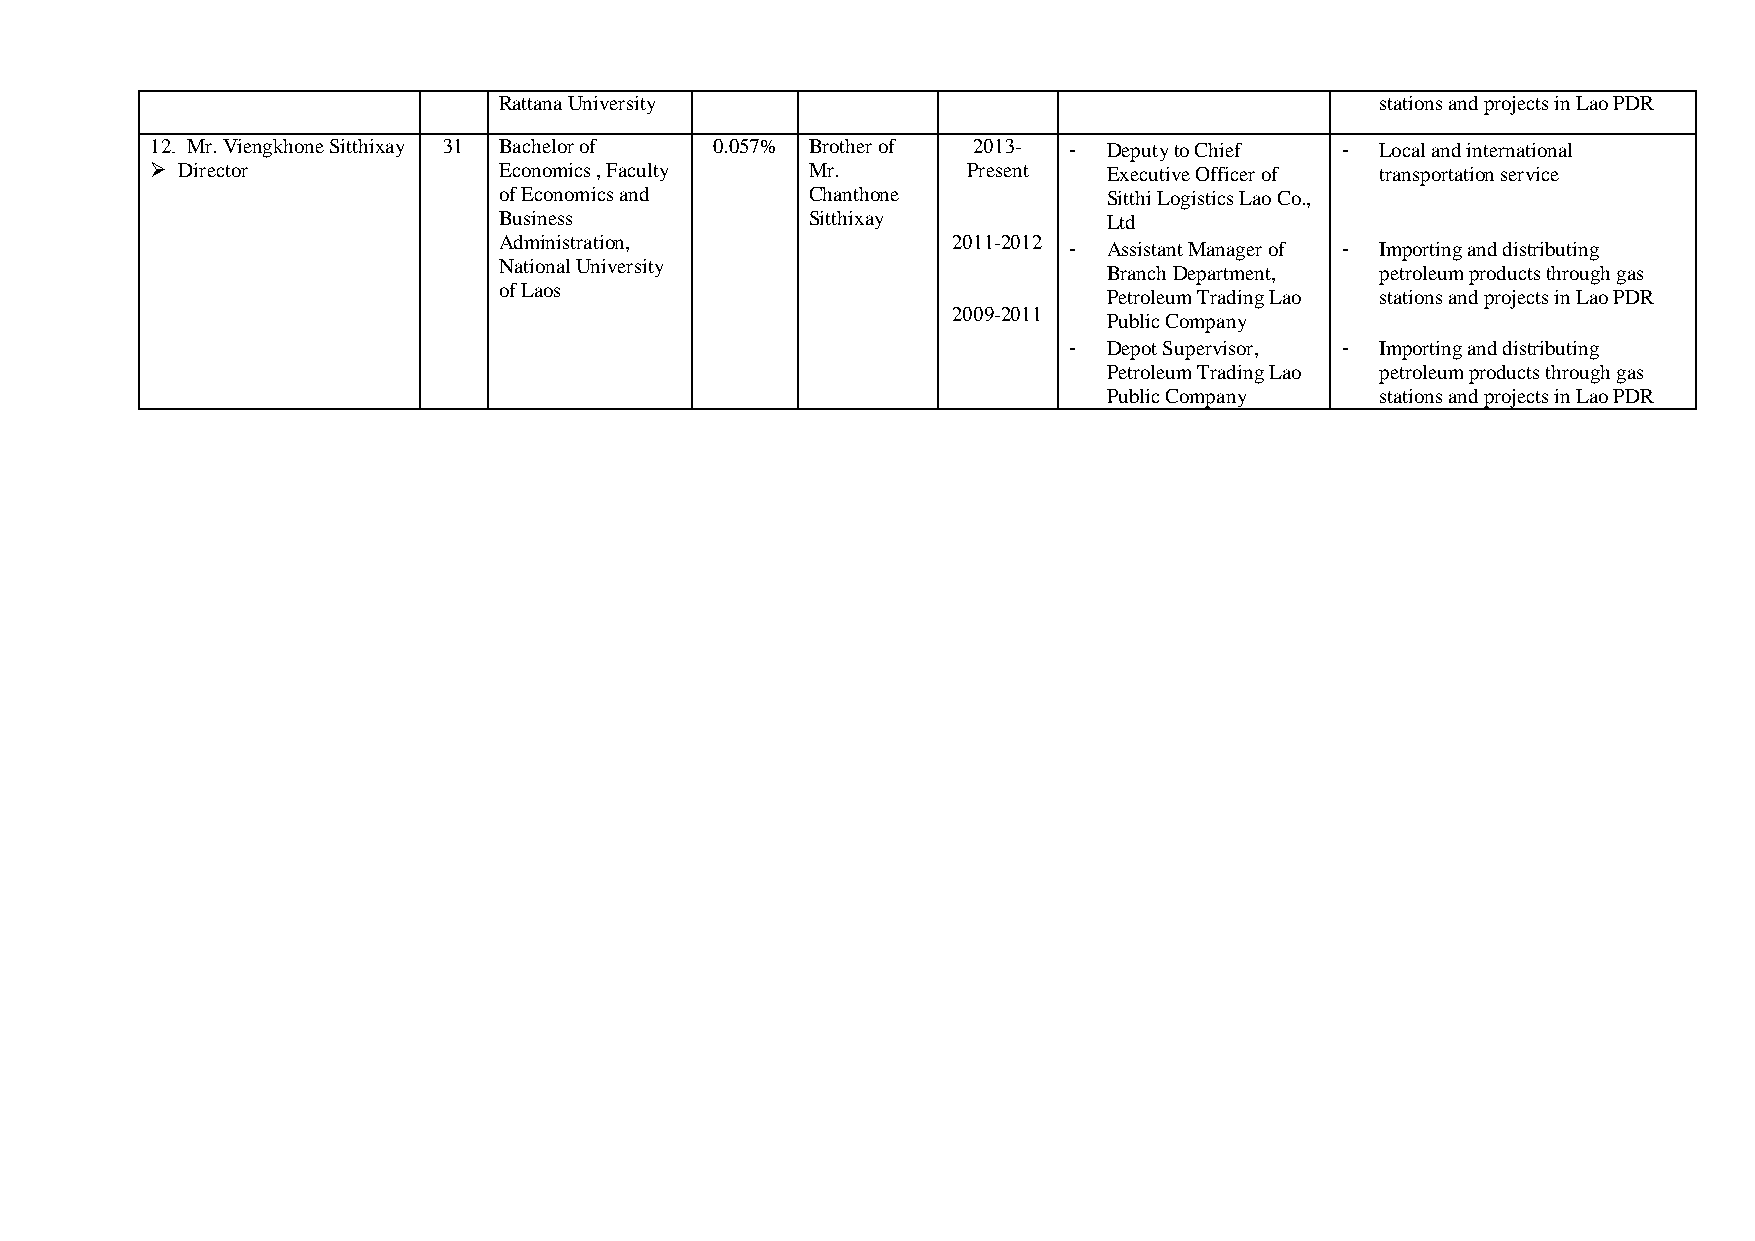
Rattana University                                        stations and projects in Lao PDR
 12. Mr. Viengkhone Sitthixay 31 Bachelor of 0.057% Brother of 2013- - Deputy to Chief - Local and international
  Director             Economics , Faculty  Mr.       Present  Executive Officer of transportation service
 of Economics and     Chanthone          Sitthi Logistics Lao Co.,
 Business             Sitthixay          Ltd
 Administration,               2011-2012
 - Assistant Manager of - Importing and distributing
 National University
 Branch Department, petroleum products through gas
 of Laos
 Petroleum Trading Lao stations and projects in Lao PDR
 2009-2011
 Public Company
 - Depot Supervisor, - Importing and distributing
 Petroleum Trading Lao petroleum products through gas
 Public Company    stations and projects in Lao PDR